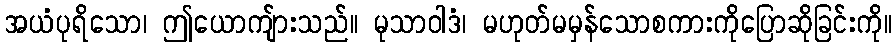
အယံပုရိသော၊ ဤယောကျ်ားသည်။ မုသာဝါဒံ၊ မဟုတ်မမှန်သောစကားကိုပြောဆိုခြင်းကို။